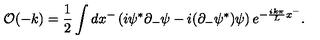
{ \cal O } ( - k ) = { \frac { 1 } { 2 } } \int d x ^ { - } \left( i \psi ^ { * } \partial _ { - } \psi - i ( \partial _ { - } \psi ^ { * } ) \psi \right) e ^ { - { \frac { i k \pi } { L } } x ^ { - } } .